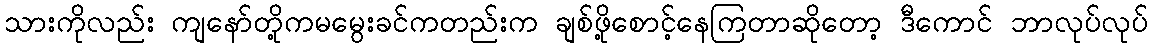
သားကိုလည်း ကျနော်တို့ကမမွေးခင်ကတည်းက ချစ်ဖို့စောင့်နေကြတာဆိုတော့ ဒီကောင် ဘာလုပ်လုပ်